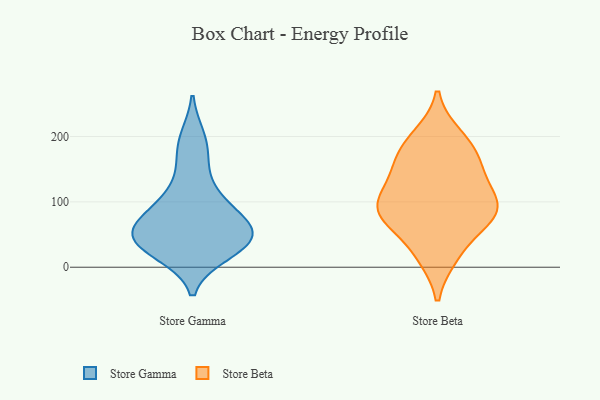
{"axis": {"x": "Conversion Rate (%)", "y": "Value"}, "legend": ["Store Beta", "Store Gamma"], "data": [{"x": "", "y": 114, "type": "Store Gamma"}, {"x": "", "y": 64, "type": "Store Gamma"}, {"x": "", "y": 26, "type": "Store Gamma"}, {"x": "", "y": 99, "type": "Store Gamma"}, {"x": "", "y": 164, "type": "Store Gamma"}, {"x": "", "y": 39, "type": "Store Gamma"}, {"x": "", "y": 49, "type": "Store Gamma"}, {"x": "", "y": 42, "type": "Store Gamma"}, {"x": "", "y": 64, "type": "Store Gamma"}, {"x": "", "y": 69, "type": "Store Gamma"}, {"x": "", "y": 199, "type": "Store Gamma"}, {"x": "", "y": 20, "type": "Store Gamma"}, {"x": "", "y": 146, "type": "Store Beta"}, {"x": "", "y": 200, "type": "Store Beta"}, {"x": "", "y": 74, "type": "Store Beta"}, {"x": "", "y": 84, "type": "Store Beta"}, {"x": "", "y": 18, "type": "Store Beta"}, {"x": "", "y": 85, "type": "Store Beta"}, {"x": "", "y": 168, "type": "Store Beta"}, {"x": "", "y": 120, "type": "Store Beta"}, {"x": "", "y": 87, "type": "Store Beta"}, {"x": "", "y": 166, "type": "Store Beta"}, {"x": "", "y": 126, "type": "Store Beta"}, {"x": "", "y": 86, "type": "Store Beta"}, {"x": "", "y": 22, "type": "Store Beta"}, {"x": "", "y": 192, "type": "Store Beta"}, {"x": "", "y": 83, "type": "Store Beta"}]}